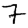
Digit: 7